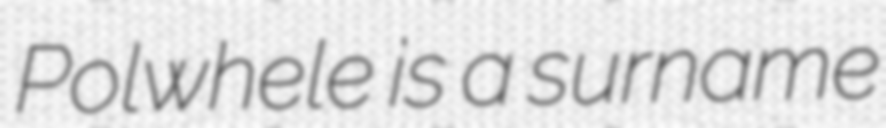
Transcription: Polwhele is a surname